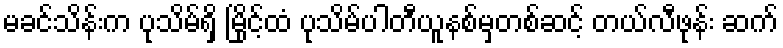
မခင်သိန်းက ပုသိမ်ရှိ မြိုင့်ထံ ပုသိမ်ပါတီယူနစ်မှတစ်ဆင့် တယ်လီဖုန်း ဆက်